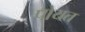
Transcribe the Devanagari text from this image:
पोयत